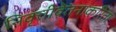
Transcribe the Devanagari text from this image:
निवृत्तीवेतनाकरिता